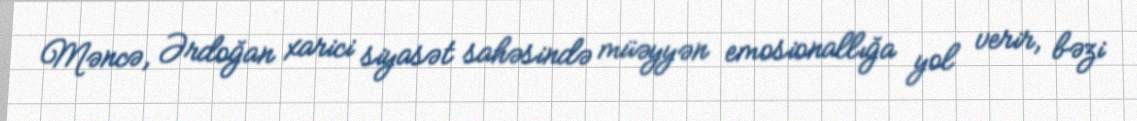
Məncə, Ərdoğan xarici siyasət sahəsində müəyyən emosionallığa yol verir, bəzi